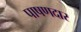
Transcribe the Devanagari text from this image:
पाषणदार